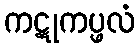
ကဋုကပ္ဖလံ